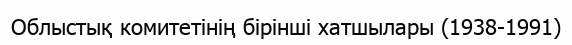
Облыстық комитетінің бірінші хатшылары (1938-1991)